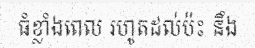
ធំខ្លាំងពេល រហូតដល់ប៉ះ នឹង